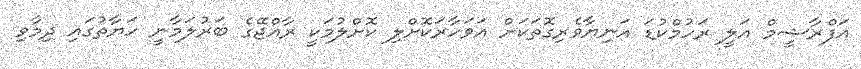
އަފްރާޝީމް އަލީ ރަހުމްކުޑަ އަނިޔާވެރިގޮތަކަށް އަވަހާރަކޮށްލި ކޮށްލުމަކީ ރާއްޖޭގެ ބަރުލަމާނީ ހަޔާތުގައި ދިމާވި